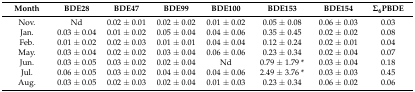
<table><thead><tr><td><b>Month</b></td><td><b>BDE28</b></td><td><b>BDE47</b></td><td><b>BDE99</b></td><td><b>BDE100</b></td><td><b>BDE153</b></td><td><b>BDE154</b></td><td><b>Σ<sub>6</sub>PBDE</b></td></tr></thead><tbody><tr><td>Nov.</td><td>Nd</td><td>0.02 ± 0.01</td><td>0.02 ± 0.02</td><td>0.01 ± 0.02</td><td>0.05 ± 0.08</td><td>0.06 ± 0.03</td><td>0.03</td></tr><tr><td>Jan.</td><td>0.03 ± 0.04</td><td>0.01 ± 0.02</td><td>0.05 ± 0.04</td><td>0.04 ± 0.06</td><td>0.35 ± 0.45</td><td>0.02 ± 0.02</td><td>0.08</td></tr><tr><td>Feb.</td><td>0.01 ± 0.02</td><td>0.02 ± 0.03</td><td>0.01 ± 0.01</td><td>0.04 ± 0.04</td><td>0.12 ± 0.24</td><td>0.02 ± 0.01</td><td>0.04</td></tr><tr><td>May.</td><td>0.03 ± 0.04</td><td>0.02 ± 0.02</td><td>0.03 ± 0.04</td><td>0.06 ± 0.06</td><td>0.23 ± 0.34</td><td>0.02 ± 0.04</td><td>0.07</td></tr><tr><td>Jun.</td><td>0.03 ± 0.05</td><td>0.03 ± 0.02</td><td>0.02 ± 0.04</td><td>Nd</td><td>0.79 ± 1.79 *</td><td>0.03 ± 0.04</td><td>0.18</td></tr><tr><td>Jul.</td><td>0.06 ± 0.05</td><td>0.03 ± 0.02</td><td>0.04 ± 0.04</td><td>0.04 ± 0.06</td><td>2.49 ± 3.76 *</td><td>0.03 ± 0.03</td><td>0.45</td></tr><tr><td>Aug.</td><td>0.03 ± 0.05</td><td>0.02 ± 0.03</td><td>0.02 ± 0.04</td><td>0.01 ± 0.03</td><td>0.23 ± 0.34</td><td>0.06 ± 0.02</td><td>0.06</td></tr></tbody></table>